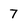
Character: 7